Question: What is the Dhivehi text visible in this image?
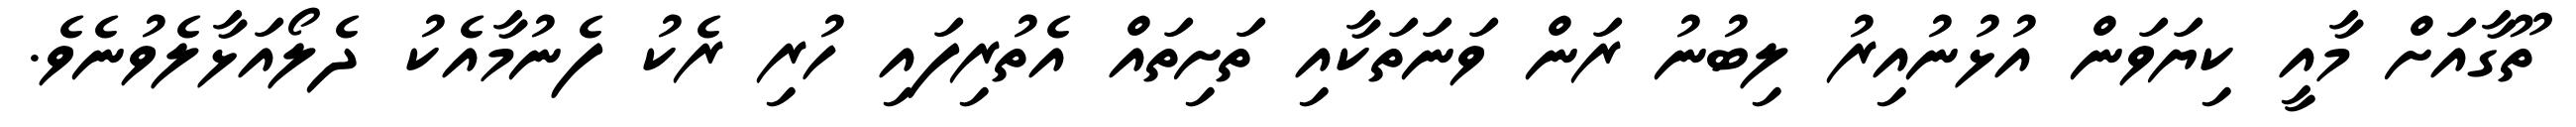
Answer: ތޫގާއަށް މާއީ ކިޔަވަން އުޅުނުއިރު ލިބުނު ރަން ވަނަތަކާއި ތަށިތައް އެތުރިފައި ހުރި ރެކު ފެނުމާއެކު ދެލޯއަޅާލެވުނެވެ.